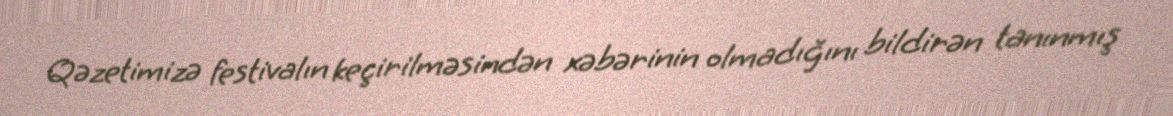
Qəzetimizə festivalın keçirilməsindən xəbərinin olmadığını bildirən tanınmış